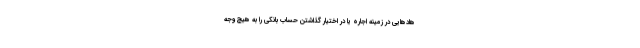
هادهایی در زمینه اجاره یا در اختیار گذاشتن حساب بانکی را به هیچ وجه